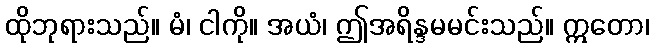
ထိုဘုရားသည်။ မံ၊ ငါကို။ အယံ၊ ဤအရိန္ဒမမင်းသည်။ ဣတော၊